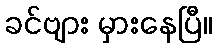
ခင်ဗျား မှားနေပြီ။